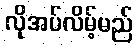
လိုအပ်လိမ့်မည်